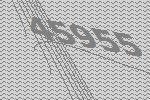
45955